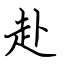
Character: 赴